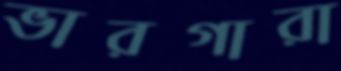
ভারগারা